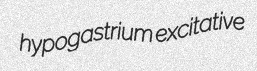
hypogastrium excitative